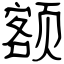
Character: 额